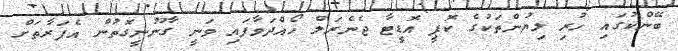
ބޭންކުގައި ހުރި ލިޔުންތަކުގެ ކޮޕީ އޮޑީޓާ ޖެނެރަލް ހޯއްދަވާފައި ވަނީ ގާނޫނީގޮތުން އެފަރާތަށް